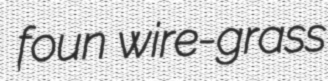
foun wire-grass